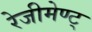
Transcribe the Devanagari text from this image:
रेजीमेण्ट्